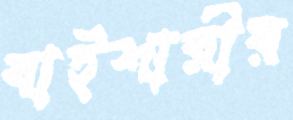
বাইশারীর